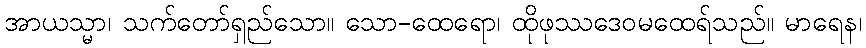
အာယသ္မာ၊ သက်တော်ရှည်သော။ သော-ထေရော၊ ထိုဖုဿဒေဝမထေရ်သည်။ မာရေန၊